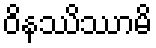
ဝိနဿိဿာမိ